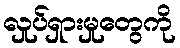
လှုပ်ရှားမှုတွေကို